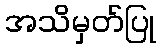
အသိမှတ်ပြု